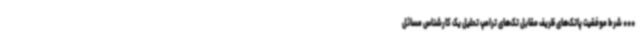
*** شرط موفقیت پاتک‌های ظریف مقابل تک‌های ترامپ تحلیل یک کارشناس مسائل